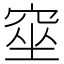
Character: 𥦊